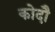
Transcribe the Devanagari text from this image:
कोदौ